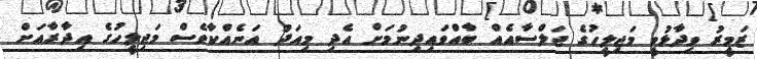
ޒަމީރު ވިދާޅުވީ މަޖިލީހުގެ ޖަލްސާއެއް ބާއްވައިިދިނުމަށް އެދި މިއަދު އަނެއްކާވެސް މަޖިލީހުގެ އިދާރާއަށް